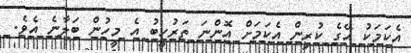
އެކަމަކު އޭގެ ކުރިން އެކަމަށް އޮންނަ ތަރުހީބު އެ މީހުން ބަލާނެ އެވެ.